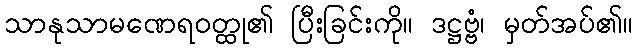
သာနုသာမဏေရဝတ္ထု၏ ပြီးခြင်းကို။ ဒဋ္ဌဗ္ဗံ၊ မှတ်အပ်၏။